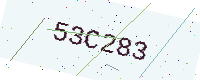
Text: 53C283